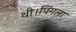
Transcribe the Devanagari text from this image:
थी।पिंगला